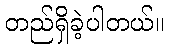
တည်ရှိခဲ့ပါတယ်။